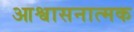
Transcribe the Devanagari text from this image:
आश्वासनात्मक